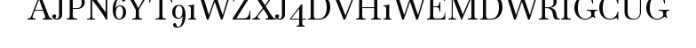
AJPN6YT91WZXJ4DVH1WEMDWRIGCUG